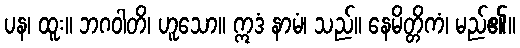
ပန၊ ထူး။ ဘဂဝါတိ၊ ဟူသော။ ဣဒံ နာမံ၊ သည်။ နေမိတ္တိကံ၊ မည်၏။